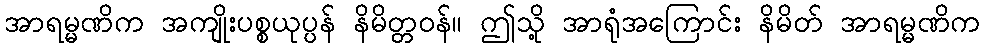
အာရမ္မဏိက အကျိုးပစ္စယုပ္ပန် နိမိတ္တဝန်။ ဤသို့ အာရုံအကြောင်း နိမိတ် အာရမ္မဏိက